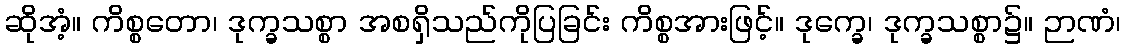
ဆိုအံ့။ ကိစ္စတော၊ ဒုက္ခသစ္စာ အစရှိသည်ကိုပြခြင်း ကိစ္စအားဖြင့်။ ဒုက္ခေ၊ ဒုက္ခသစ္စာ၌။ ဉာဏံ၊